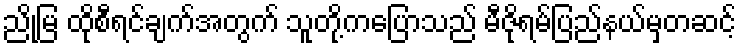
ညိုမြ ထိုစီရင်ချက်အတွက် သူတို့ကပြောသည် မီဇိုရမ်ပြည်နယ်မှတဆင့်